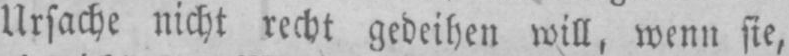
Ursache nicht recht gedeihen will, wenn sie,